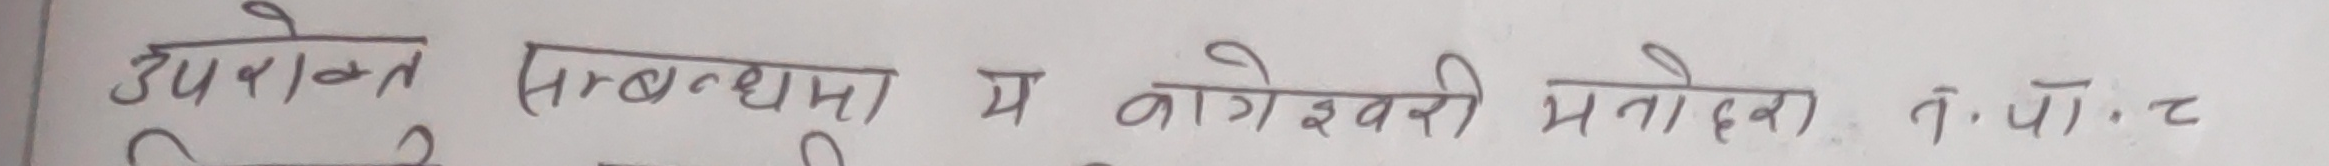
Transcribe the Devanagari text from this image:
उपरोक्त (सम्बन्धमा) बागेश्वरी भनाेहरि, तै. पौ. ट